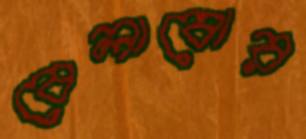
বেলাবোর